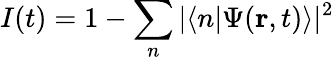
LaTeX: I(t)=1-\sum_{n}|\langle n|\Psi(\textbf{r},t)\rangle|^{2}